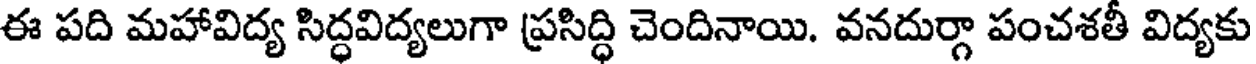
ఈ పది మహావిద్య సిద్ధవిద్యలుగా ప్రసిద్ధి చెందినాయి. వనదుర్గా పంచశతీ విద్యకు